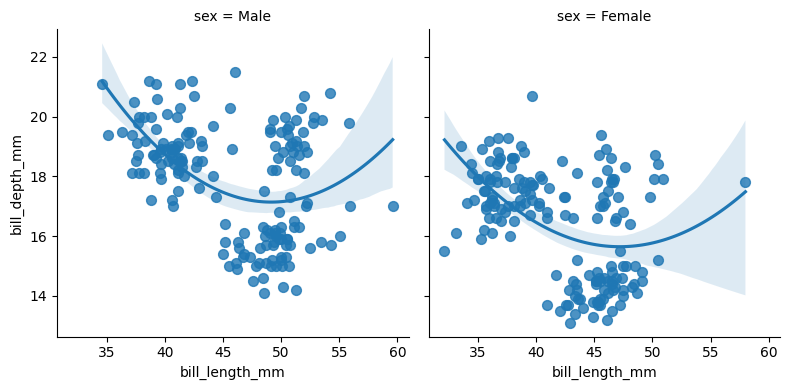
python, seaborn, lmplot, aspect=1.0, order=2, markers='o'